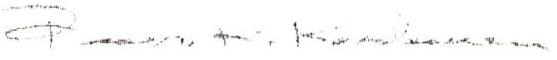
Paavo K. Korhonen